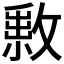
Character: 𢿔